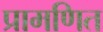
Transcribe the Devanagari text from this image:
प्रामणित